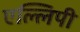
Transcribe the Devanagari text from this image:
एल्लिपी